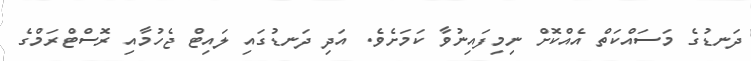
ދަނޑުގެ މަސައްކަތް އެއްކޮށް ނިމިފައިނުވާ ކަމަށެވެ. އަދި ދަނޑުގައި ލައިޓް ޖެހުމާއި ރޮސްޓްރަމްގެ